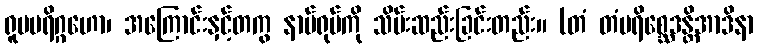
ရူပပရိဂ္ဂဟော၊ အကြောင်းနှင့်တကွ နာမ်ရုပ်ကို သိမ်းဆည်းခြင်းတည်း။ (တံ တံပရိစ္ဆေဒန္တိအာဒိနာ